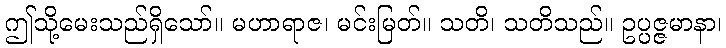
ဤသို့မေးသည်ရှိသော်။ မဟာရာဇ၊ မင်းမြတ်။ သတိ၊ သတိသည်။ ဥပ္ပဇ္ဇမာနာ၊